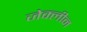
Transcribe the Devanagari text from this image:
जेक्लीन